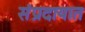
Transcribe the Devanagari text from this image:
संंप्रदायात